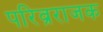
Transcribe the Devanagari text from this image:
परिव्रराजक